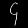
Digit: ၄